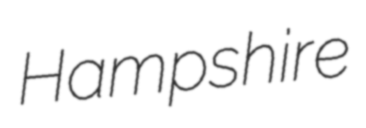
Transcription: Hampshire